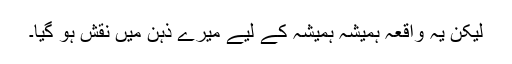
لیکن یہ واقعہ ہمیشہ ہمیشہ کے لیے میرے ذہن میں نقش ہو گیا۔